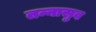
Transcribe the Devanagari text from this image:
तन्नासुव